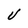
Character: U